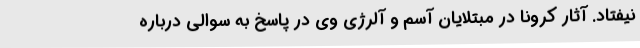
نیفتاد. آثار کرونا در مبتلایان آسم و آلرژی وی در پاسخ به سوالی درباره